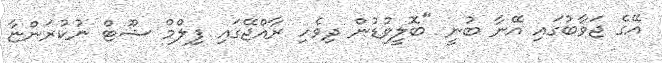
އޭގެ ޖަވާބުގައި އޭނާ ބުނީ "ބޮލީވުޑުން ދިވެހި ރާއްޖޭގައި ފިލްމް ޝޫޓް ނުކުރަންޏާ